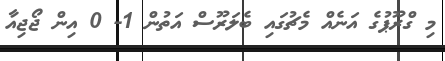
މި ގްރޫޕުގެ އަނެއް މެޗުގައި ބެލަރޫސް އަތުން 1- 0 އިން ޖޯޖިއާ